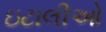
ઇટાલીઓ